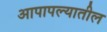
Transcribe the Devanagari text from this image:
आपापल्यातील